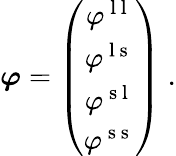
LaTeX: \begin{array}{r}{\boldsymbol{\varphi}=\left(\begin{array}{c}{\varphi^{\mathrm{~l~l~}}}\\ {\varphi^{\mathrm{~l~s~}}}\\ {\varphi^{\mathrm{~s~l~}}}\\ {\varphi^{\mathrm{~s~s~}}}\end{array}\right)\; .}\end{array}